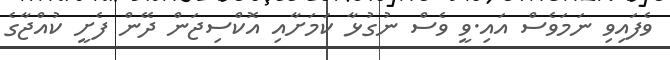
ވެފައިވި ނަމަވެސް އައި.ވީ ވެސް ނުގުޅާ ކަމަށާއި އޮކްސިޖަން ދޭން ފެށީ ކުއްޖާގެ